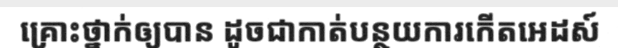
គ្រោះថ្នាក់ឲ្យបាន ដូចជាកាត់បន្ថយការកើតអេដស៍